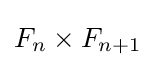
F_{n}\times F_{n+1}